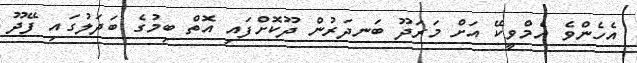
އެހެންވެ އެމްވީކޭ އަށް މަރަދޫ ބަނދަރުން ދޫކޮށްފައި އޮތް ބިމުގެ ބަދަލުގައި ފޭދޫ